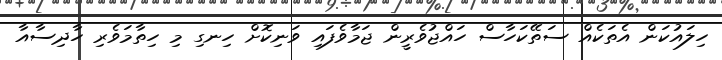
ހިލައުކަން އެތަކެއް ސަތޭކަހާސް ހައްޖުވެރީން ޖަމާވެފައި ވަނިކޮށް ހިނގި މި ހިތާމަވެރި ހާދިސާއާ